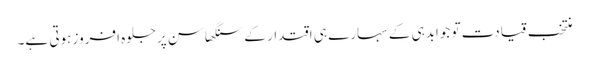
منتخب قیادت تو جوابدہی کے سہارے ہی اقتدار کے سنگھاسن پرجلوہ افروز ہوتی ہے۔